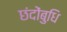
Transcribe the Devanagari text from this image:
छंदोंबुधि